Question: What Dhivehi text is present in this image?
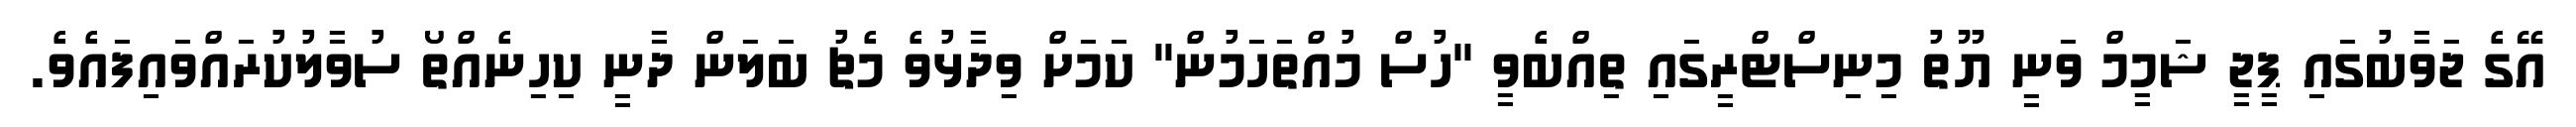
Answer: އޭގެ ޖަވާބުގައި ޕީޖީ ޝަމީމް ވަނީ ޔޫތު މިނިސްޓްރީގައި ތިއްބެވީ "ހުސް މުއްތަހަމުން" ކަމަށް ވިދާޅުވެ މެޗު ބަލަން ދާނީ ކިހިނެއްތޯ ސުވާލުކުރައްވައިފައެވެ.